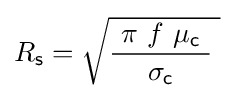
R_{\mathsf {s}}={\sqrt {{\frac {\ \pi \ f\ \mu _{\mathsf {c}}\ }{\sigma _{\mathsf {c}}}}\;}}~